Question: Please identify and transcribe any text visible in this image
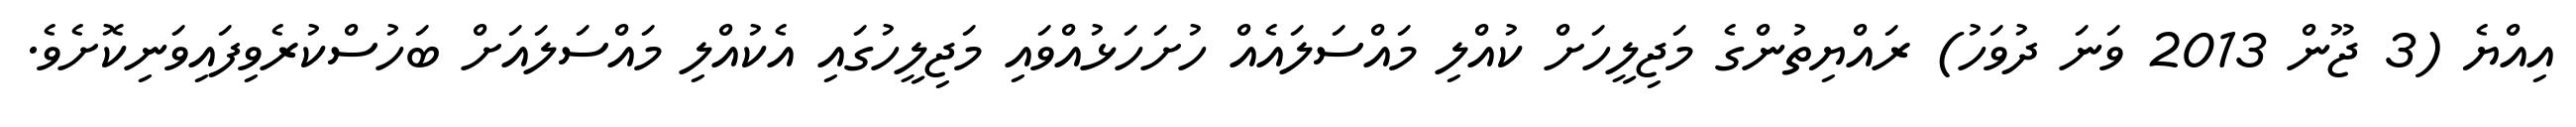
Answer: އިއްޔެ (3 ޖޫން 2013 ވަނަ ދުވަހު) ރައްޔިތުންގެ މަޖިލީހަށް ކުއްލި މައްސަލައެއް ހުށަހަޅުއްވައި މަޖިލީހުގައި އެކުއްލި މައްސަލައަށް ބަހުސްކުރެވިފައިވަނިކޮށެވެ.